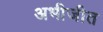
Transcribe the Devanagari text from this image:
अभीजीत